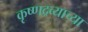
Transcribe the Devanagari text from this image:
कृष्णद्रव्याच्या